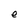
Character: e